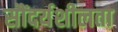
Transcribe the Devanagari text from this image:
सौंदर्यशीलता